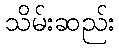
သိမ်းဆည်း